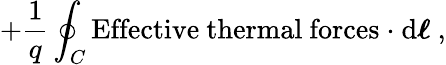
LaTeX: +{\frac{1}{q}}\oint_{C}\mathrm{Effective\ thermal\ forces\ \cdot}\ \mathrm{d}{\boldsymbol{\ell}}\ ,